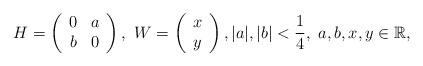
LaTeX: \begin{align*} H=\left(\begin{array}{cc} 0 & a\\ b & 0 \end{array}\right),\ W=\left(\begin{array}{c} x\\ y \end{array}\right),|a|,|b|<\frac{1}{4},\ a,b,x,y\in\mathbb{R}, \end{align*}